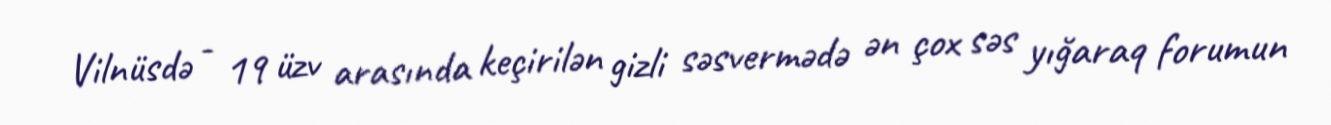
Vilnüsdə - 19 üzv arasında keçirilən gizli səsvermədə ən çox səs yığaraq forumun